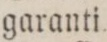
garanti.